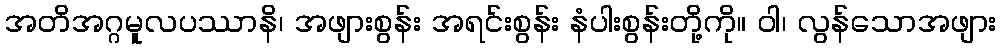
အတိအဂ္ဂမူလပဿာနိ၊ အဖျားစွန်း အရင်းစွန်း နံပါးစွန်းတို့ကို။ ဝါ၊ လွန်သောအဖျား